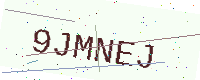
Text: 9JMNEJ